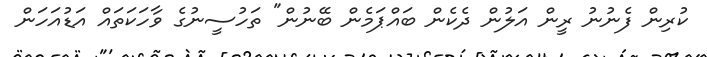
ކުރިން ފެނުނު ރީން އަލުން ދެކެން ބައްޕަމެން ބޭނުން" ތަހުސީނުގެ ވާހަކަތައް އަޑުއަހަން